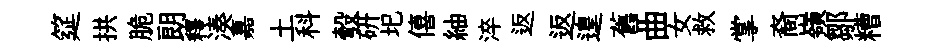
筵拱脆朗釋湊嘉土科彀研圯僖紬淬返返遑舊曲女救掌裔嶺鄒糟